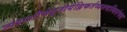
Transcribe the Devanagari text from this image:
त्र्यहाशौचेतृतीयेह्निकर्तव्यस्त्वस्थिसंचयः